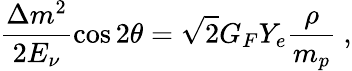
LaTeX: \frac{\Delta m^{2}}{2E_{\nu}}\cos 2\theta=\sqrt{2}G_{F}Y_{e}\frac{\rho}{m_{p}}\ ,